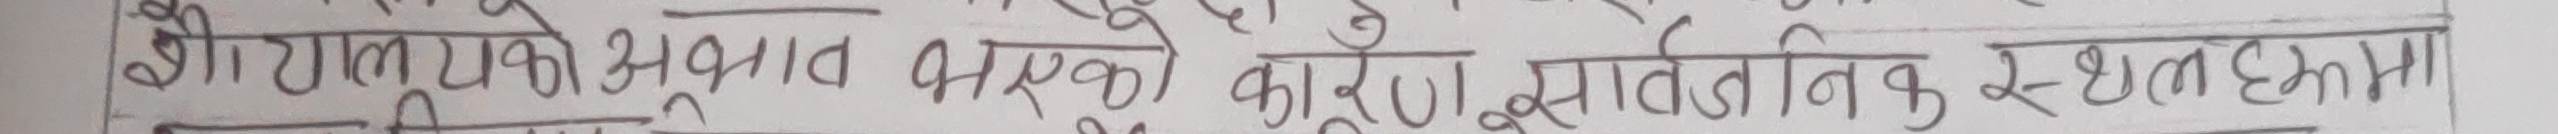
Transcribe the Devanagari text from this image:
टायलको प्रभाव भएको कारण सार्वजनिक स्थलहरुमा